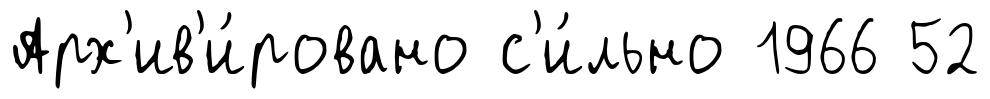
Арх'ив'и́ровано с'и́льно 1966 52